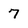
Character: 7